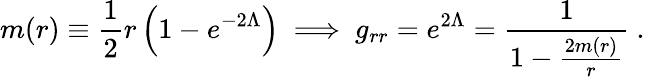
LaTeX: m(r)\equiv\frac{1}{2}r\left(1-e^{-2\Lambda}\right)\ \Longrightarrow\ g_{rr}=e^{2\Lambda}=\frac{1}{1-\frac{2m(r)}{r}}\ .